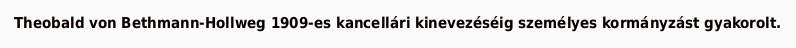
Theobald von Bethmann-Hollweg 1909-es kancellári kinevezéséig személyes kormányzást gyakorolt.